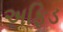
અફિડ